Lunatic asylums Madras 1877-1891 - 1877-1891
Year: 1877
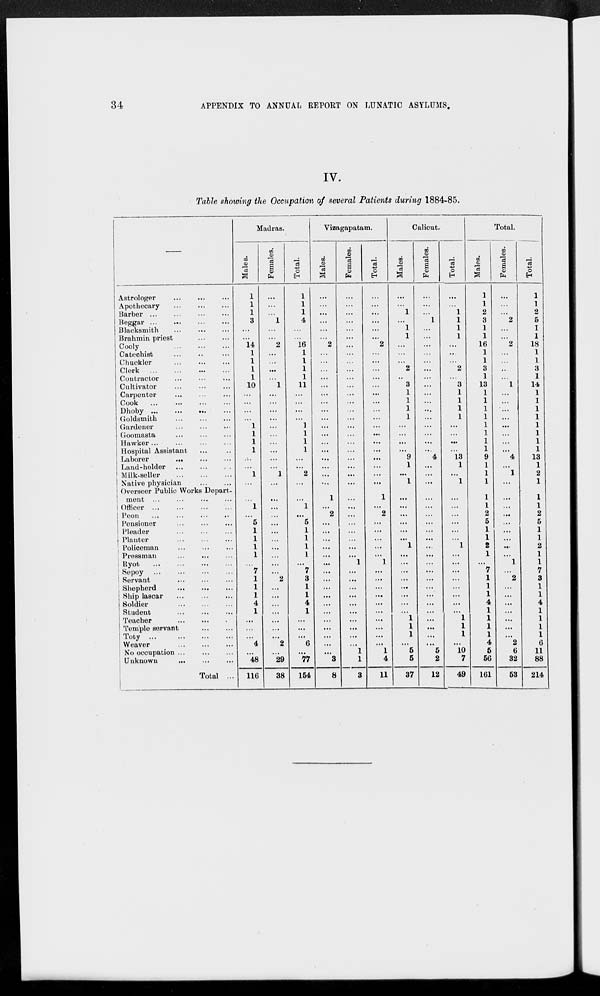
34
APPENDIX TO ANNUAL REPORT ON LUNATIC ASYLUMS.
IV.
Table showing the Occupation of several Patients during 1884-85.
—
Astrologer ... ... ...
Apothecary ... ... ...
Barber ... ... ... ...
Beggar ... ... ... ...
Blacksmith
...
...
...
Brahmin priest
...
...
Cooly
...
...
...
Catechist ... ... ...
Chuckler ... ... ...
Clerk ... ... ... ...
Contractor ... ... ...
Cultivator
...
...
...
Carpenter ... ... ...
Cook
...
...
...
...
Dhoby ...
... ... ...
Goldsmith ... ... ...
Gardener ... ... ...
Goomasta ... ... ...
Hawker
...
...
...
...
Hospital Assistant ... ...
Laborer ... ... ...
Land-holder
...
...
...
Milk-seller
...
...
...
Native physician
...
...
Overseer Public Works Depart-
ment ... ... ... ...
Officer
...
...
...
...
Peon
...
...
...
...
Pensioner ... ... ... ...
Pleader
...
...
...
Planter
...
...
...
Policeman
...
...
...
Pressman ... ... ...
Ryot ... ... ... ...
Sepoy ... ... ... ...
Servant
...
...
...
Shepherd ... ... ...
Ship lascar
...
...
...
Soldier
...
...
...
Student
...
...
...
Teacher
...
...
...
Temple servant
...
...
Toty ... ... ... ...
Weaver
...
...
...
No occupation
...
...
...
Unknown
...
...
...
Total ...
Madras.
Males.
1
1
1
3
...
...
14
1
1
1
1
10
...
...
...
...
1
1
1
1
...
...
1
...
...
1
...
5
1
1
1
1
...
7
1
1
1
4
1
...
...
...
4
...
48
116
Females.
...
...
...
1
...
...
2
...
...
...
...
1
...
...
...
...
...
...
...
...
...
...
1
...
...
...
...
...
...
...
...
...
...
...
2
...
...
...
...
...
...
...
2
...
29
38
Total.
1
1
1
4
...
...
16
1
1
1
1
11
...
...
...
...
1
1
1
1
...
...
2
...
...
1
...
5
1
1
1
1
...
7
3
1
1
4
1
...
...
...
6
...
77
154
Vizagapatam.
Males.
...
...
...
...
...
...
2
...
...
...
...
...
...
...
...
...
...
...
...
...
...
...
...
...
1
...
2
...
...
...
...
...
...
...
...
...
...
...
...
...
...
...
...
...
3
8
Females.
...
...
...
...
...
...
...
...
...
...
...
...
...
...
...
...
...
...
...
...
...
...
...
...
...
...
...
...
...
...
...
...
1
...
...
...
...
...
...
...
...
...
...
1
1
3
Total.
...
...
...
...
...
...
2
...
...
...
...
...
...
...
...
...
...
...
...
...
...
...
...
1
...
2
...
...
...
...
...
1
...
...
...
...
...
...
...
...
...
...
1
4
11
Calicut.
Males.
...
...
1
...
1
1
...
...
...
2
...
3
1
1
1
1
...
...
...
...
9
1
...
1
...
...
...
...
...
...
1
...
...
...
...
...
...
...
...
1
1
1
...
5
5
37
Females.
...
...
...
1
...
...
...
...
...
...
...
...
...
...
...
...
...
...
...
...
4
...
...
...
...
...
...
...
...
...
...
...
...
...
...
...
...
...
...
...
...
...
...
5
2
12
Total.
...
...
1
1
1
1
...
...
...
2
...
3
1
1
1
1
...
...
...
...
13
1
...
1
...
...
...
...
...
...
1
...
...
...
...
...
...
...
...
1
1
1
...
10
7
49
Total.
Males.
1
1
2
3
1
1
16
1
1
3
1
13
1
1
1
1
1
1
1
1
9
1
1
1
1
1
2
5
1
1
2
1
...
7
1
1
1
4
1
1
1
1
4
5
56
161
Females.
...
...
...
2
...
...
2
...
...
...
...
1
...
...
...
...
...
...
...
...
4
...
1
...
...
...
...
...
...
...
...
...
1
...
2
...
...
...
...
...
...
...
2
6
32
53
Total.
1
1
2
5
1
1
18
1
1
3
1
14
1
1
1
1
1
1
1
1
13
1
2
1
1
1
2
5
1
1
2
1
1
7
3
1
1
4
1
1
1
1
6
11
88
214